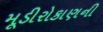
મૂડીરોકાણની